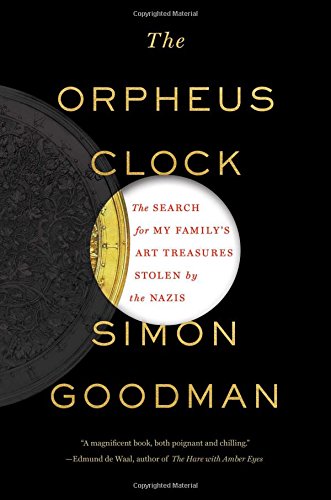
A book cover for The Orpheus Clock: The Search for My Family's Art Treasures Stolen by the Nazis; Simon Goodman; Arts & Photography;